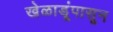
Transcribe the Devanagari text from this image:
खेळाडूंपासून